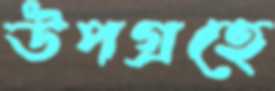
উপগ্রহে